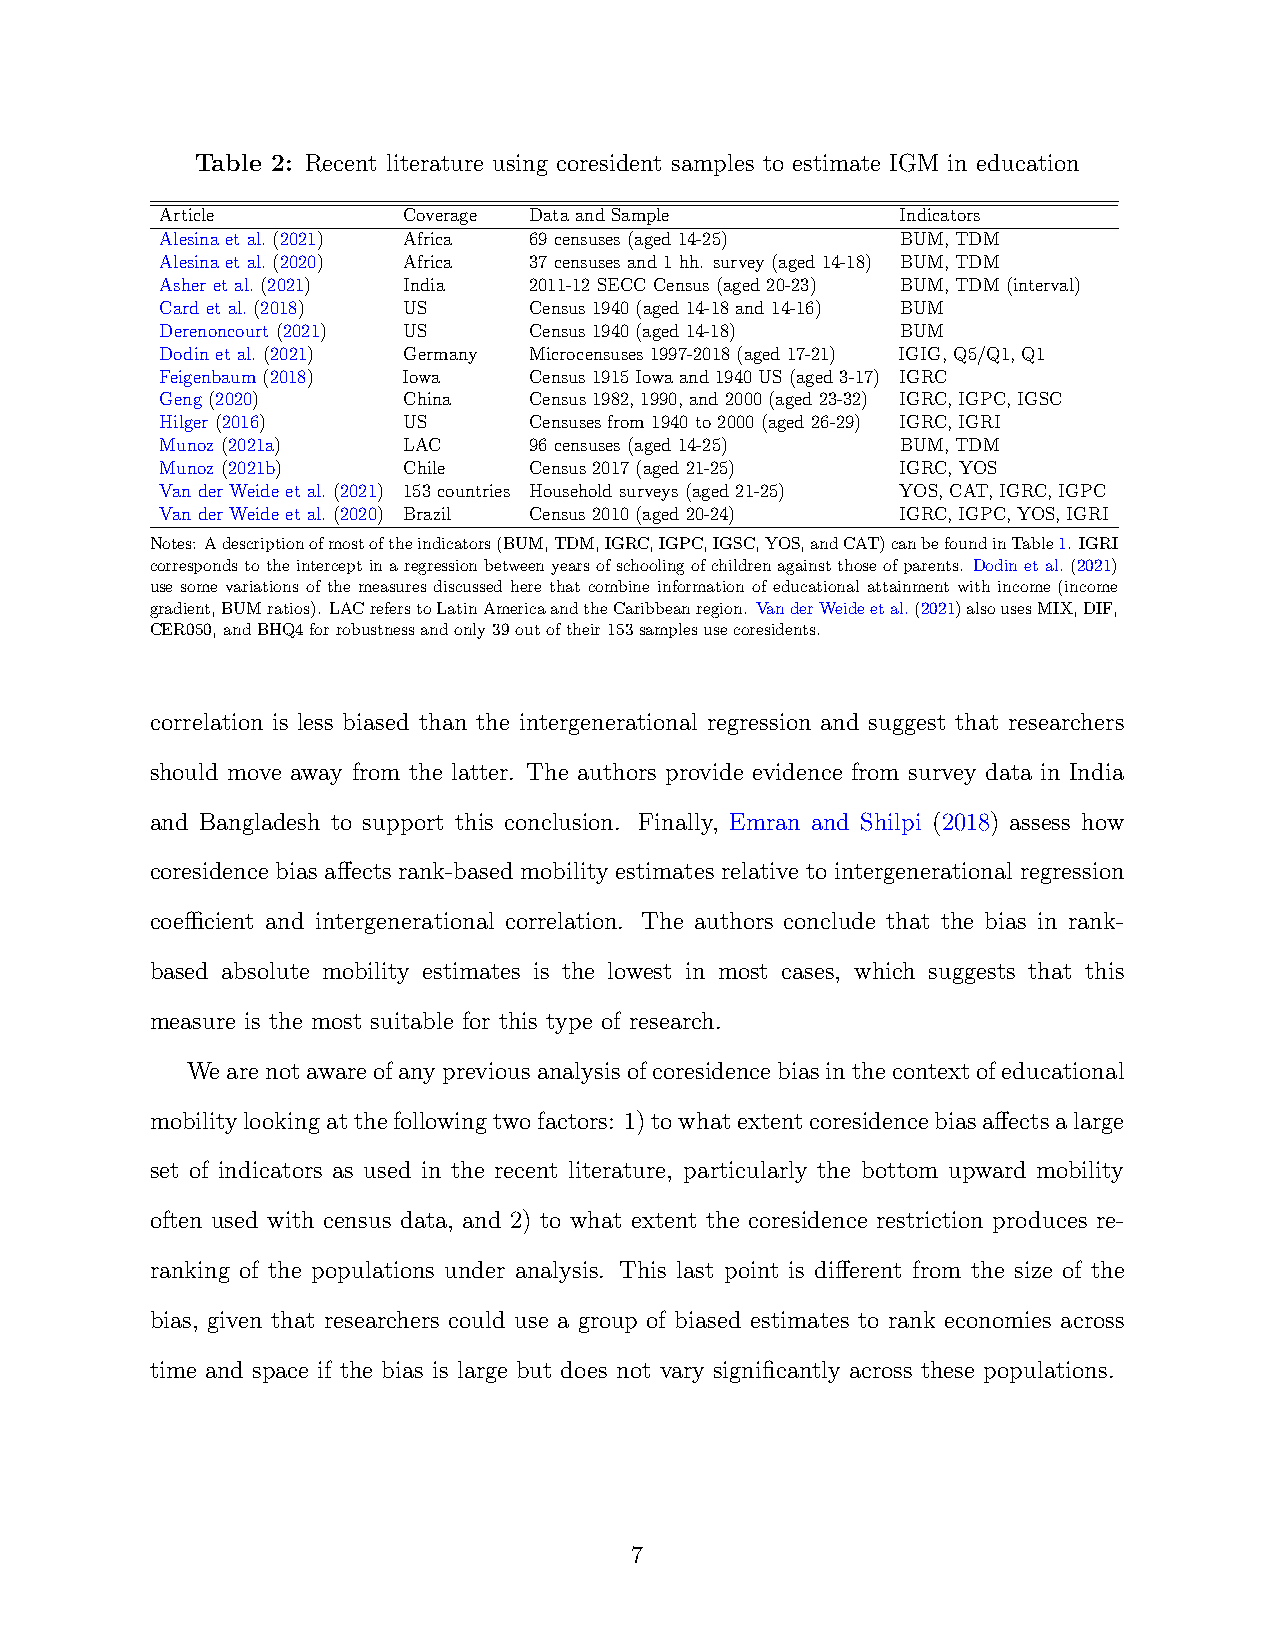
Table 2: Recent literature using coresident samples to estimate IGM in education
 Article         Coverage DataandSample           Indicators
 Alesinaetal.(2021) Africa 69censuses(aged14-25)  BUM,TDM
 Alesinaetal.(2020) Africa 37censusesand1hh. survey(aged14-18) BUM,TDM
 Asheretal.(2021) India  2011-12SECCCensus(aged20-23) BUM,TDM(interval)
 Cardetal.(2018) US      Census1940(aged14-18and14-16) BUM
 Derenoncourt(2021) US   Census1940(aged14-18)    BUM
 Dodinetal.(2021) Germany Microcensuses1997-2018(aged17-21) IGIG,Q5/Q1,Q1
 Feigenbaum(2018) Iowa   Census1915Iowaand1940US(aged3-17) IGRC
 Geng(2020)      China   Census1982,1990,and2000(aged23-32) IGRC,IGPC,IGSC
 Hilger(2016)    US      Censusesfrom1940to2000(aged26-29) IGRC,IGRI
 Munoz(2021a)    LAC     96censuses(aged14-25)    BUM,TDM
 Munoz(2021b)    Chile   Census2017(aged21-25)    IGRC,YOS
 VanderWeideetal.(2021) 153countries Householdsurveys(aged21-25) YOS,CAT,IGRC,IGPC
 VanderWeideetal.(2020) Brazil Census2010(aged20-24) IGRC,IGPC,YOS,IGRI
 Notes: Adescriptionofmostoftheindicators(BUM,TDM,IGRC,IGPC,IGSC,YOS,andCAT)canbefoundinTable1. IGRI
 correspondstotheinterceptinaregressionbetweenyearsofschoolingofchildrenagainstthoseofparents. Dodinetal.(2021)
 use some variations of the measures discussed here that combine information of educational attainment with income (income
 gradient,BUMratios). LACreferstoLatinAmericaandtheCaribbeanregion. VanderWeideetal.(2021)alsousesMIX,DIF,
 CER050,andBHQ4forrobustnessandonly39outoftheir153samplesusecoresidents.
 correlation is less biased than the intergenerational regression and suggest that researchers
 should move away from the latter. The authors provide evidence from survey data in India
 and Bangladesh to support this conclusion. Finally, Emran and Shilpi (2018) assess how
 coresidence bias affects rank-based mobility estimates relative to intergenerational regression
 coefficient and intergenerational correlation. The authors conclude that the bias in rank-
 based absolute mobility estimates is the lowest in most cases, which suggests that this
 measure is the most suitable for this type of research.
 Wearenotawareofanypreviousanalysisofcoresidencebiasinthecontextofeducational
 mobilitylookingatthefollowingtwofactors: 1)towhatextentcoresidencebiasaffectsalarge
 set of indicators as used in the recent literature, particularly the bottom upward mobility
 often used with census data, and 2) to what extent the coresidence restriction produces re-
 ranking of the populations under analysis. This last point is different from the size of the
 bias, given that researchers could use a group of biased estimates to rank economies across
 time and space if the bias is large but does not vary significantly across these populations.
 7